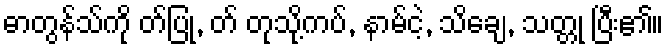
ဓာတွန်သ်ကို တ်ပြု, တ် တုသို့ကပ်, နာမ်ငဲ့, သိချေ, သတ္တု ပြီး၏။